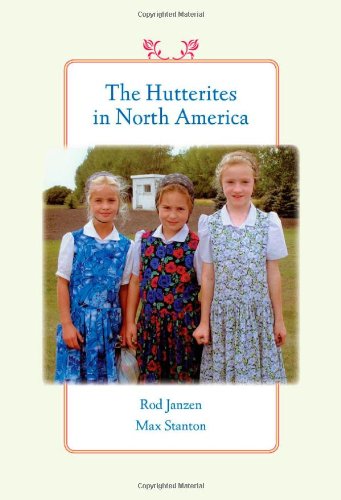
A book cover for The Hutterites in North America (Young Center Books in Anabaptist and Pietist Studies); Rod Janzen; Christian Books & Bibles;